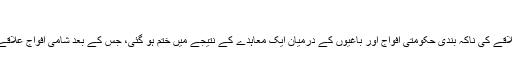
"
سنہ 2016 میں علاقے کی ناکہ بندی حکومتی افواج اور باغیوں کے درمیان ایک معاہدے کے نتیجے میں ختم ہو گئی، جس کے بعد شامی افواج علاقے میں داخل ہو گئیں۔